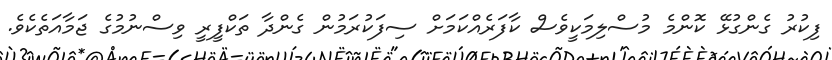
ފިކުރު ގެންގުޅޭ ކޮންމެ މުސްލިމަކީވެސް ކާފަރެއްކަމަށް ސިފަކުރަމުން ގެންދާ ތަކްފީރީ ވިސްނުމުގެ ޖަމާއަތެކެވެ.